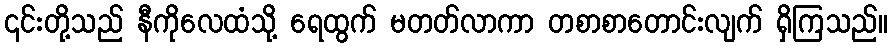
၎င်းတို့သည် နီကိုလေထံသို့ ရေထွက် မတတ်လာကာ တစာစာတောင်းလျက် ရှိကြသည်။